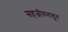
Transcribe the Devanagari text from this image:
सहजीवनातून